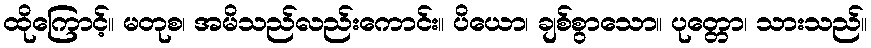
ထိုကြောင့်။ မတုစ၊ အမိသည်လည်းကောင်း။ ပိယော၊ ချစ်စွာသော။ ပုတ္တော၊ သားသည်။